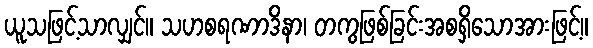
ယူသဖြင့်သာလျှင်။ သဟစရဏာဒိနာ၊ တကွဖြစ်ခြင်းအစရှိသောအားဖြင့်။